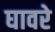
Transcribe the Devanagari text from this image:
घावरे